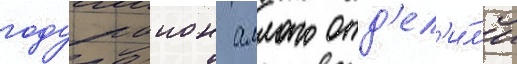
году раион аллаго отд'ел'и́л'и